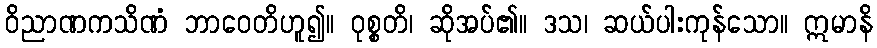
ဝိညာဏကသိဏံ ဘာဝေတိဟူ၍။ ဝုစ္စတိ၊ ဆိုအပ်၏။ ဒသ၊ ဆယ်ပါးကုန်သော။ ဣမာနိ